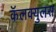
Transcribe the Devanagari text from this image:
कॅलक्युलस